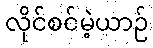
လိုင်စင်မဲ့ယာဉ်